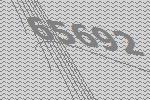
65692